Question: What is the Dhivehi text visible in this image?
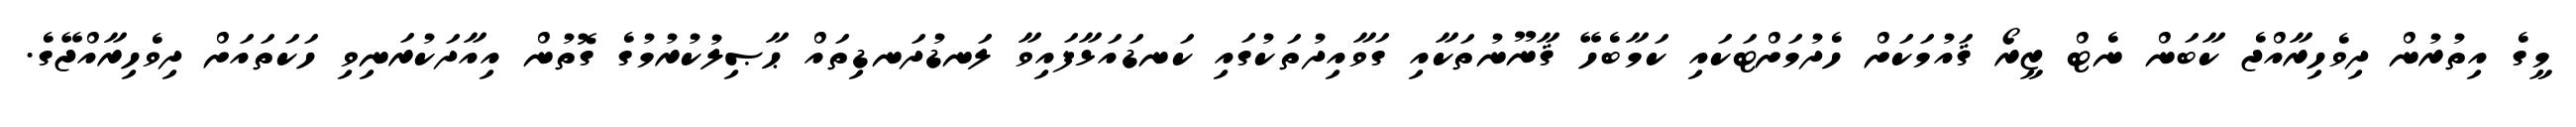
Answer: މީގެ އިތުރުން ދިވެހިރާއްޖެ ކާބަން ނެޓް ޒީރޯ ޤައުމަކަށް ހެދުމަށްޓަކައި ކަމާބެހޭ ޤާނޫނުތަކާއި ގަވާއިދުތަކުގައި ކަނޑައަޅާފައިވާ ލަނޑުދަނޑިތައް ޙާޞިލުކުރުމުގެ ގޮތުން އިއާދަކުރަނިވި ހަކަތައަށް ދިވެހިރާއްޖޭގެ.